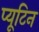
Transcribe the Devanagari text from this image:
प्यूटिन